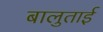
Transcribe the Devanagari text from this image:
बालुताई